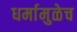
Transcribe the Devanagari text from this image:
धर्मामुळेच